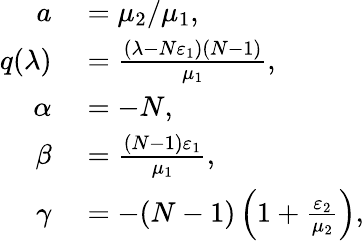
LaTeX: \begin{array}{rl}{a}&{{}=\mu_{2}/\mu_{1},}\\ {q(\lambda)}&{{}=\frac{(\lambda-N\varepsilon_{1})(N-1)}{\mu_{1}},}\\ {\alpha}&{{}=-N,}\\ {\beta}&{{}=\frac{(N-1)\varepsilon_{1}}{\mu_{1}},}\\ {\gamma}&{{}=-(N-1)\left(1+\frac{\varepsilon_{2}}{\mu_{2}}\right),}\end{array}